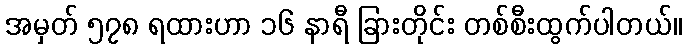
အမှတ် ၅၇၈ ရထားဟာ ၁၆ နာရီ ခြားတိုင်း တစ်စီးထွက်ပါတယ်။